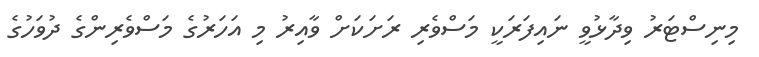
މިނިސްޓަރު ވިދާޅުވީ ނައިފަރަކީ މަަސްވެރި ރަށަކަށް ވާއިރު މި އަހަރުގެ މަސްވެރިންގެ ދުވަހުގެ